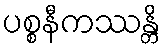
ပစ္စနီကဿန္တိ